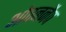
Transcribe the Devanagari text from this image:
ओपननैप